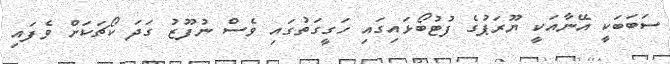
ސަބަބަކީ އޭނާއަކީ ޔޫރަޕުގެ ފުޓުބޯޅައިގައި ހަގީގަތުގައި ވެސް ނުފޫޒު ގަދަ ކޯޗަކަށް ވެފައި